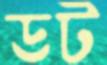
ডট